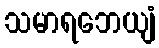
သမာရဘေယျံ